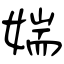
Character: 媏